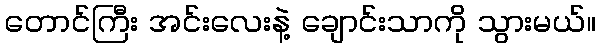
တောင်ကြီး အင်းလေးနဲ့ ချောင်းသာကို သွားမယ်။